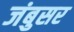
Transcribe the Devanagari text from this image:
जंबुसर